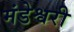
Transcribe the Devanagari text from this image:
मंडेश्वरी